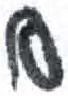
אות: ס